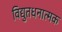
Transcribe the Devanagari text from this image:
विद्युतधनात्मक